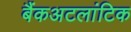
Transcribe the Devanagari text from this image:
बैंकअटलांटिक